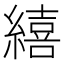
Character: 繥